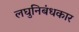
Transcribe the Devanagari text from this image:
लघुनिबंधकार